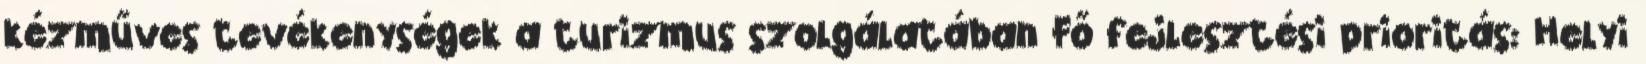
kézműves tevékenységek a turizmus szolgálatában Fő fejlesztési prioritás: Helyi